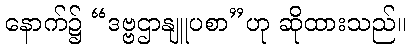
နောက်၌ “ဒဗ္ဗဌာနျူပစာ”ဟု ဆိုထားသည်။